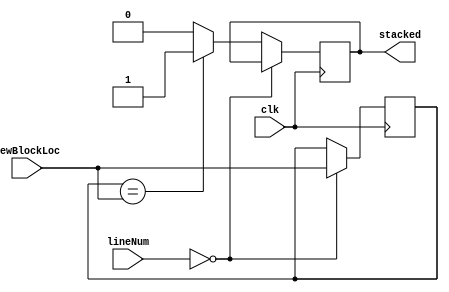
// Compares the known location of the stack to the new block in the current line.

module comparator(clk, lineNum, newBlockLoc, stacked);
	input clk;
	input [2:0] lineNum;
	input [7:0] newBlockLoc;
	reg [7:0] stackLoc;
	output reg stacked;
		
	always @(posedge clk)begin
		if (lineNum == 0) begin 
			stackLoc <= newBlockLoc;
		end
		else begin
			if(stackLoc == newBlockLoc) begin
				stacked <= 1; 
			end
			else begin 
				stacked <= 0;
			end
		end
	end
endmodule